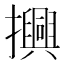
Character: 𢸾